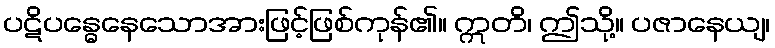
ပဋိပန္ဓေနေသောအားဖြင့်ဖြစ်ကုန်၏။ ဣတိ၊ ဤသို့။ ပဇာနေယျ၊